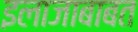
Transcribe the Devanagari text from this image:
इलाजाबाबत